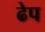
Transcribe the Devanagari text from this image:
ढेप